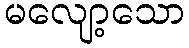
မလျော့သော